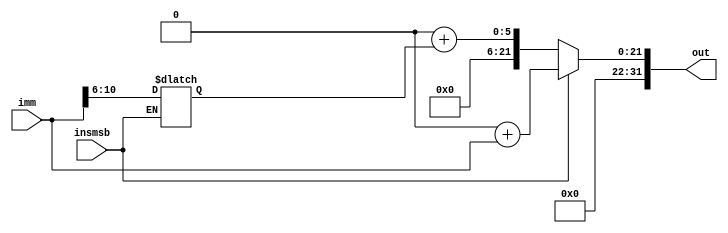
`timescale 1ns / 1ps
//////////////////////////////////////////////////////////////////////////////////
// Company: 
// Engineer: 
// 
// Design Name: 
// Module Name:    signextend 
// Project Name: 
// Target Devices: 
// Tool versions: 
// Description: 
//
// Dependencies: 
//
// Revision: 
// Revision 0.01 - File Created
// Additional Comments: 
//
//////////////////////////////////////////////////////////////////////////////////
module signextend(
    input [20:0] imm,
    input insmsb,
    output reg [31:0] out
    );
reg [4:0] shamt;
always @(*)
begin
if(insmsb==1)
begin
out <= 32'b0+imm;
end
else
begin
shamt <= imm[10:6];
out <= 32'b0+shamt;
end
end

endmodule